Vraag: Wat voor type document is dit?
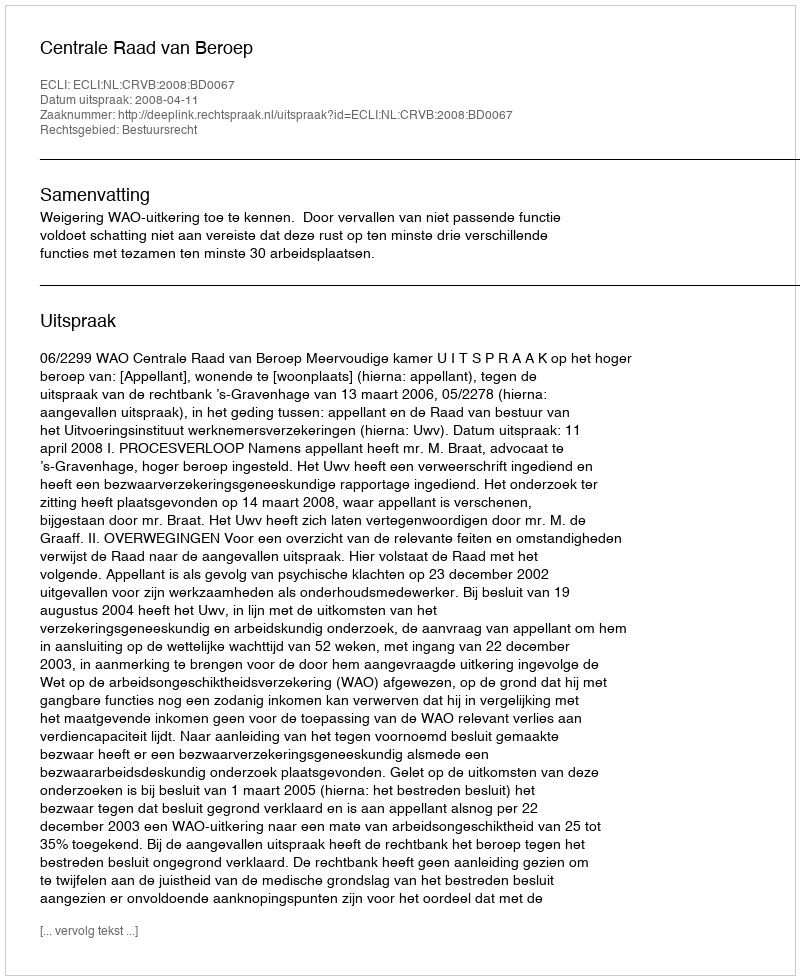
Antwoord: Uitspraak